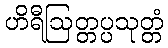
ဟိရီဩတ္တပ္ပသုတ္တံ